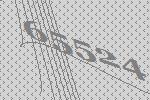
65524